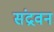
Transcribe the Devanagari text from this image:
संद्रवन